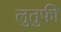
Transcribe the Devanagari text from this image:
लुतुफी